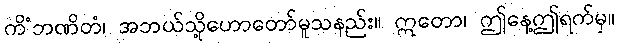
ကိံဘဏိတံ၊ အဘယ်သို့ဟောတော်မူသနည်း။ ဣတော၊ ဤနေ့ဤရက်မှ။